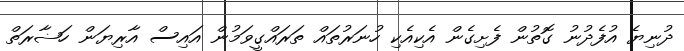
ދުނިޔެ އުފެދުނު ގޮތުން ފެށިގެން އެކިއެކި ހުނަރުތައް ތަރައްގީވަމުން އައިސް އާރިޔަން ހަޟާރަތް